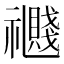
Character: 𥜤